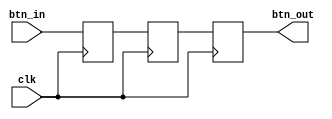
module sw_debounce (
    input clk,
    input btn_in,   // using a button, not swtich , works the same
    output btn_out
);

    reg t0, t1, t2;

    always @(posedge clk) begin
        t0 <= btn_in;
        t1 <= t0;
        t2 <= t1;   
    end
        
    assign btn_out = t2;
endmodule